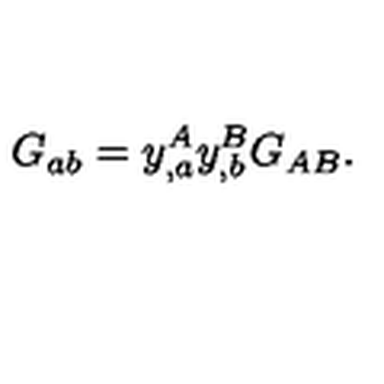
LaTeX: G _ { a b } = y _ { , a } ^ { A } y _ { , b } ^ { B } G _ { A B } .